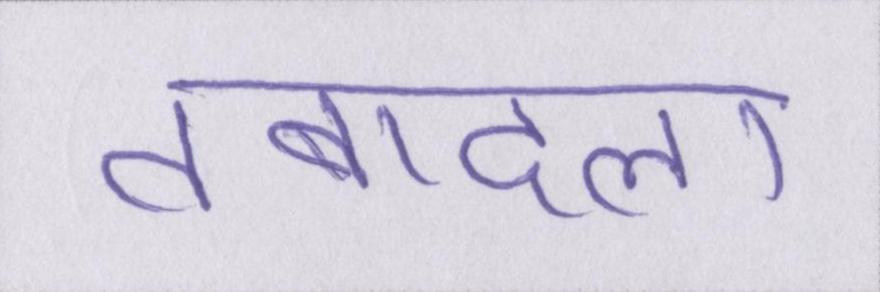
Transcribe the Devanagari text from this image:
तबादला